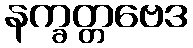
နက္ခတ္တဗေဒ